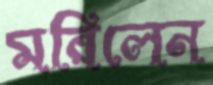
মরিলেন